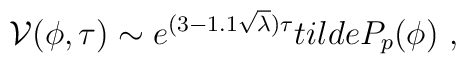
{\cal V}(\phi,\tau) \sim e^{(3-1.1\sqrt\lambda)\tau}\\tilde P_p(\phi)\ ,